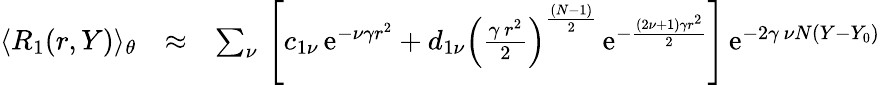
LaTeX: \begin{array}{rlr}{\langle R_{1}(r,Y)\rangle_{\theta}}&{\approx}&{\sum_{\nu}\, \left[c_{1\nu}\, \mathrm{e}^{-\nu\gamma r^{2}}+d_{1\nu}\left({\frac{\gamma\, r^{2}}{2}}\right)^{\frac{(N-1)}{2}}\, \mathrm{e}^{-\frac{(2\nu+1)\gamma r^{2}}{2}}\right]\, \mathrm{e}^{-2\gamma\, \nu N(Y-Y_{0})}}\end{array}